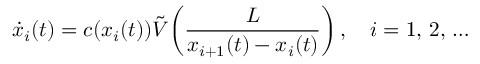
\dot { x } _ { i } ( t ) = c ( x _ { i } ( t ) ) \tilde { V } \! \left( \frac { L } { x _ { i + 1 } ( t ) - x _ { i } ( t ) } \right) , \quad i = 1 , \, 2 , \, \dots